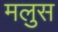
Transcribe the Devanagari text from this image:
मलुस